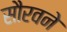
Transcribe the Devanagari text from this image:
सौरवने